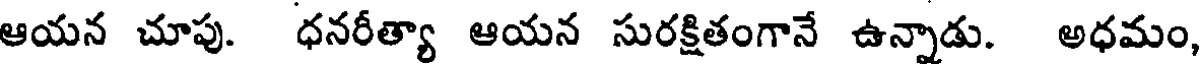
ఆయన చూపు. ధనరీత్యా ఆయన సురక్షితంగానే ఉన్నాడు. అధమం,